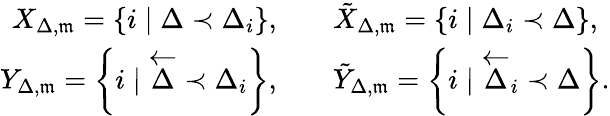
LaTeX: \begin{array}{rl}{X_{\Delta,\mathfrak{m}}=\left\lbrace i\mid\Delta\prec\Delta_{i}\right\rbrace,\quad}&{\tilde{X}_{\Delta,\mathfrak{m}}=\left\lbrace i\mid\Delta_{i}\prec\Delta\right\rbrace,}\\ {Y_{\Delta,\mathfrak{m}}=\left\lbrace i\mid\overleftarrow{\Delta}\prec\Delta_{i}\right\rbrace,\quad}&{\tilde{Y}_{\Delta,\mathfrak{m}}=\left\lbrace i\mid\overleftarrow{\Delta}_{i}\prec\Delta\right\rbrace.}\end{array}